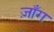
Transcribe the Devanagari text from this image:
ज़ाँग